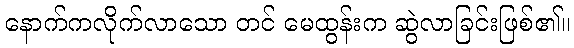
နောက်ကလိုက်လာသော တင် မေထွန်းက ဆွဲလာခြင်းဖြစ်၏။